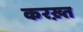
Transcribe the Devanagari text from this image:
करख़्त